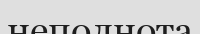
неполнота